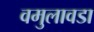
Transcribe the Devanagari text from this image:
वमुलावडा